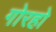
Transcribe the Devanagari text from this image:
गोरहो